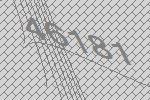
46181